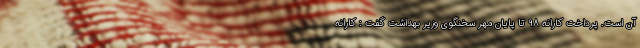
آن است. پرداخت کارانه ۹۸ تا پایان مهر سخنگوی وزیر بهداشت گفت : کارانه